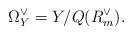
LaTeX: \begin{align*}\Omega_Y^\vee=Y/Q(R_m^\vee).\end{align*}